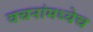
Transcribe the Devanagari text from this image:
वचनांमध्येच